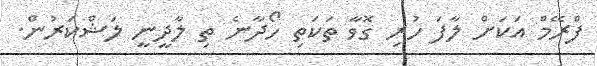
ފްރޭމް އަކަށް ލާފަ ހުރި ގޮވާ ތަކަތި ހޯދާނެ ތި ލާދީނީ ލަޝްކަރުން.